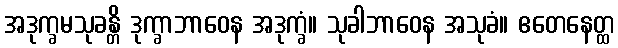
အဒုက္ခမသုခန္တိ ဒုက္ခာဘာဝေန အဒုက္ခံ။ သုခါဘာဝေန အသုခံ။ ဧတေနေတ္ထ